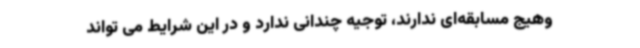
وهیج مسابقه‌ای ندارند، توجیه چندانی ندارد و در این شرایط می تواند